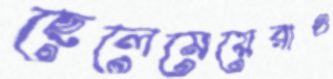
ছেলেমেয়েরাও